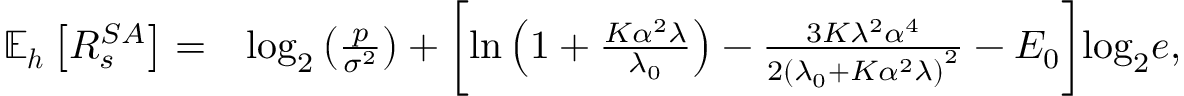
\begin{array} { r l } { \mathbb { E } _ { \boldsymbol { h } } \left[ R _ { s } ^ { S A } \right] = } & { \mathrm { l o g } _ { 2 } \left( \frac { p } { \sigma ^ { 2 } } \right) + \bigg [ \mathrm { l n } \left( 1 + \frac { K \alpha ^ { 2 } \lambda } { \lambda _ { 0 } } \right) - \frac { 3 K \lambda ^ { 2 } \alpha ^ { 4 } } { 2 \left( \lambda _ { 0 } + K \alpha ^ { 2 } \lambda \right) ^ { 2 } } - E _ { 0 } \bigg ] \mathrm { l o g } _ { 2 } e , } \end{array}